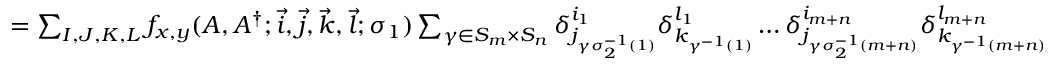
\begin{array} { r l } { } & { = \sum _ { I , J , K , L } f _ { x , y } ( A , A ^ { \dagger } ; \vec { i } , \vec { j } , \vec { k } , \vec { l } ; \sigma _ { 1 } ) \sum _ { \gamma \in S _ { m } \times S _ { n } } \delta _ { j _ { \gamma \sigma _ { 2 } ^ { - 1 } ( 1 ) } } ^ { i _ { 1 } } \delta _ { k _ { \gamma ^ { - 1 } ( 1 ) } } ^ { l _ { 1 } } \dots \delta _ { j _ { \gamma \sigma _ { 2 } ^ { - 1 } ( m + n ) } } ^ { i _ { m + n } } \delta _ { k _ { \gamma ^ { - 1 } ( m + n ) } } ^ { l _ { m + n } } } \end{array}